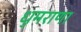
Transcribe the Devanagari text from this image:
धुमराणा